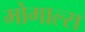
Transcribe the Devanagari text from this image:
मोगाल्स